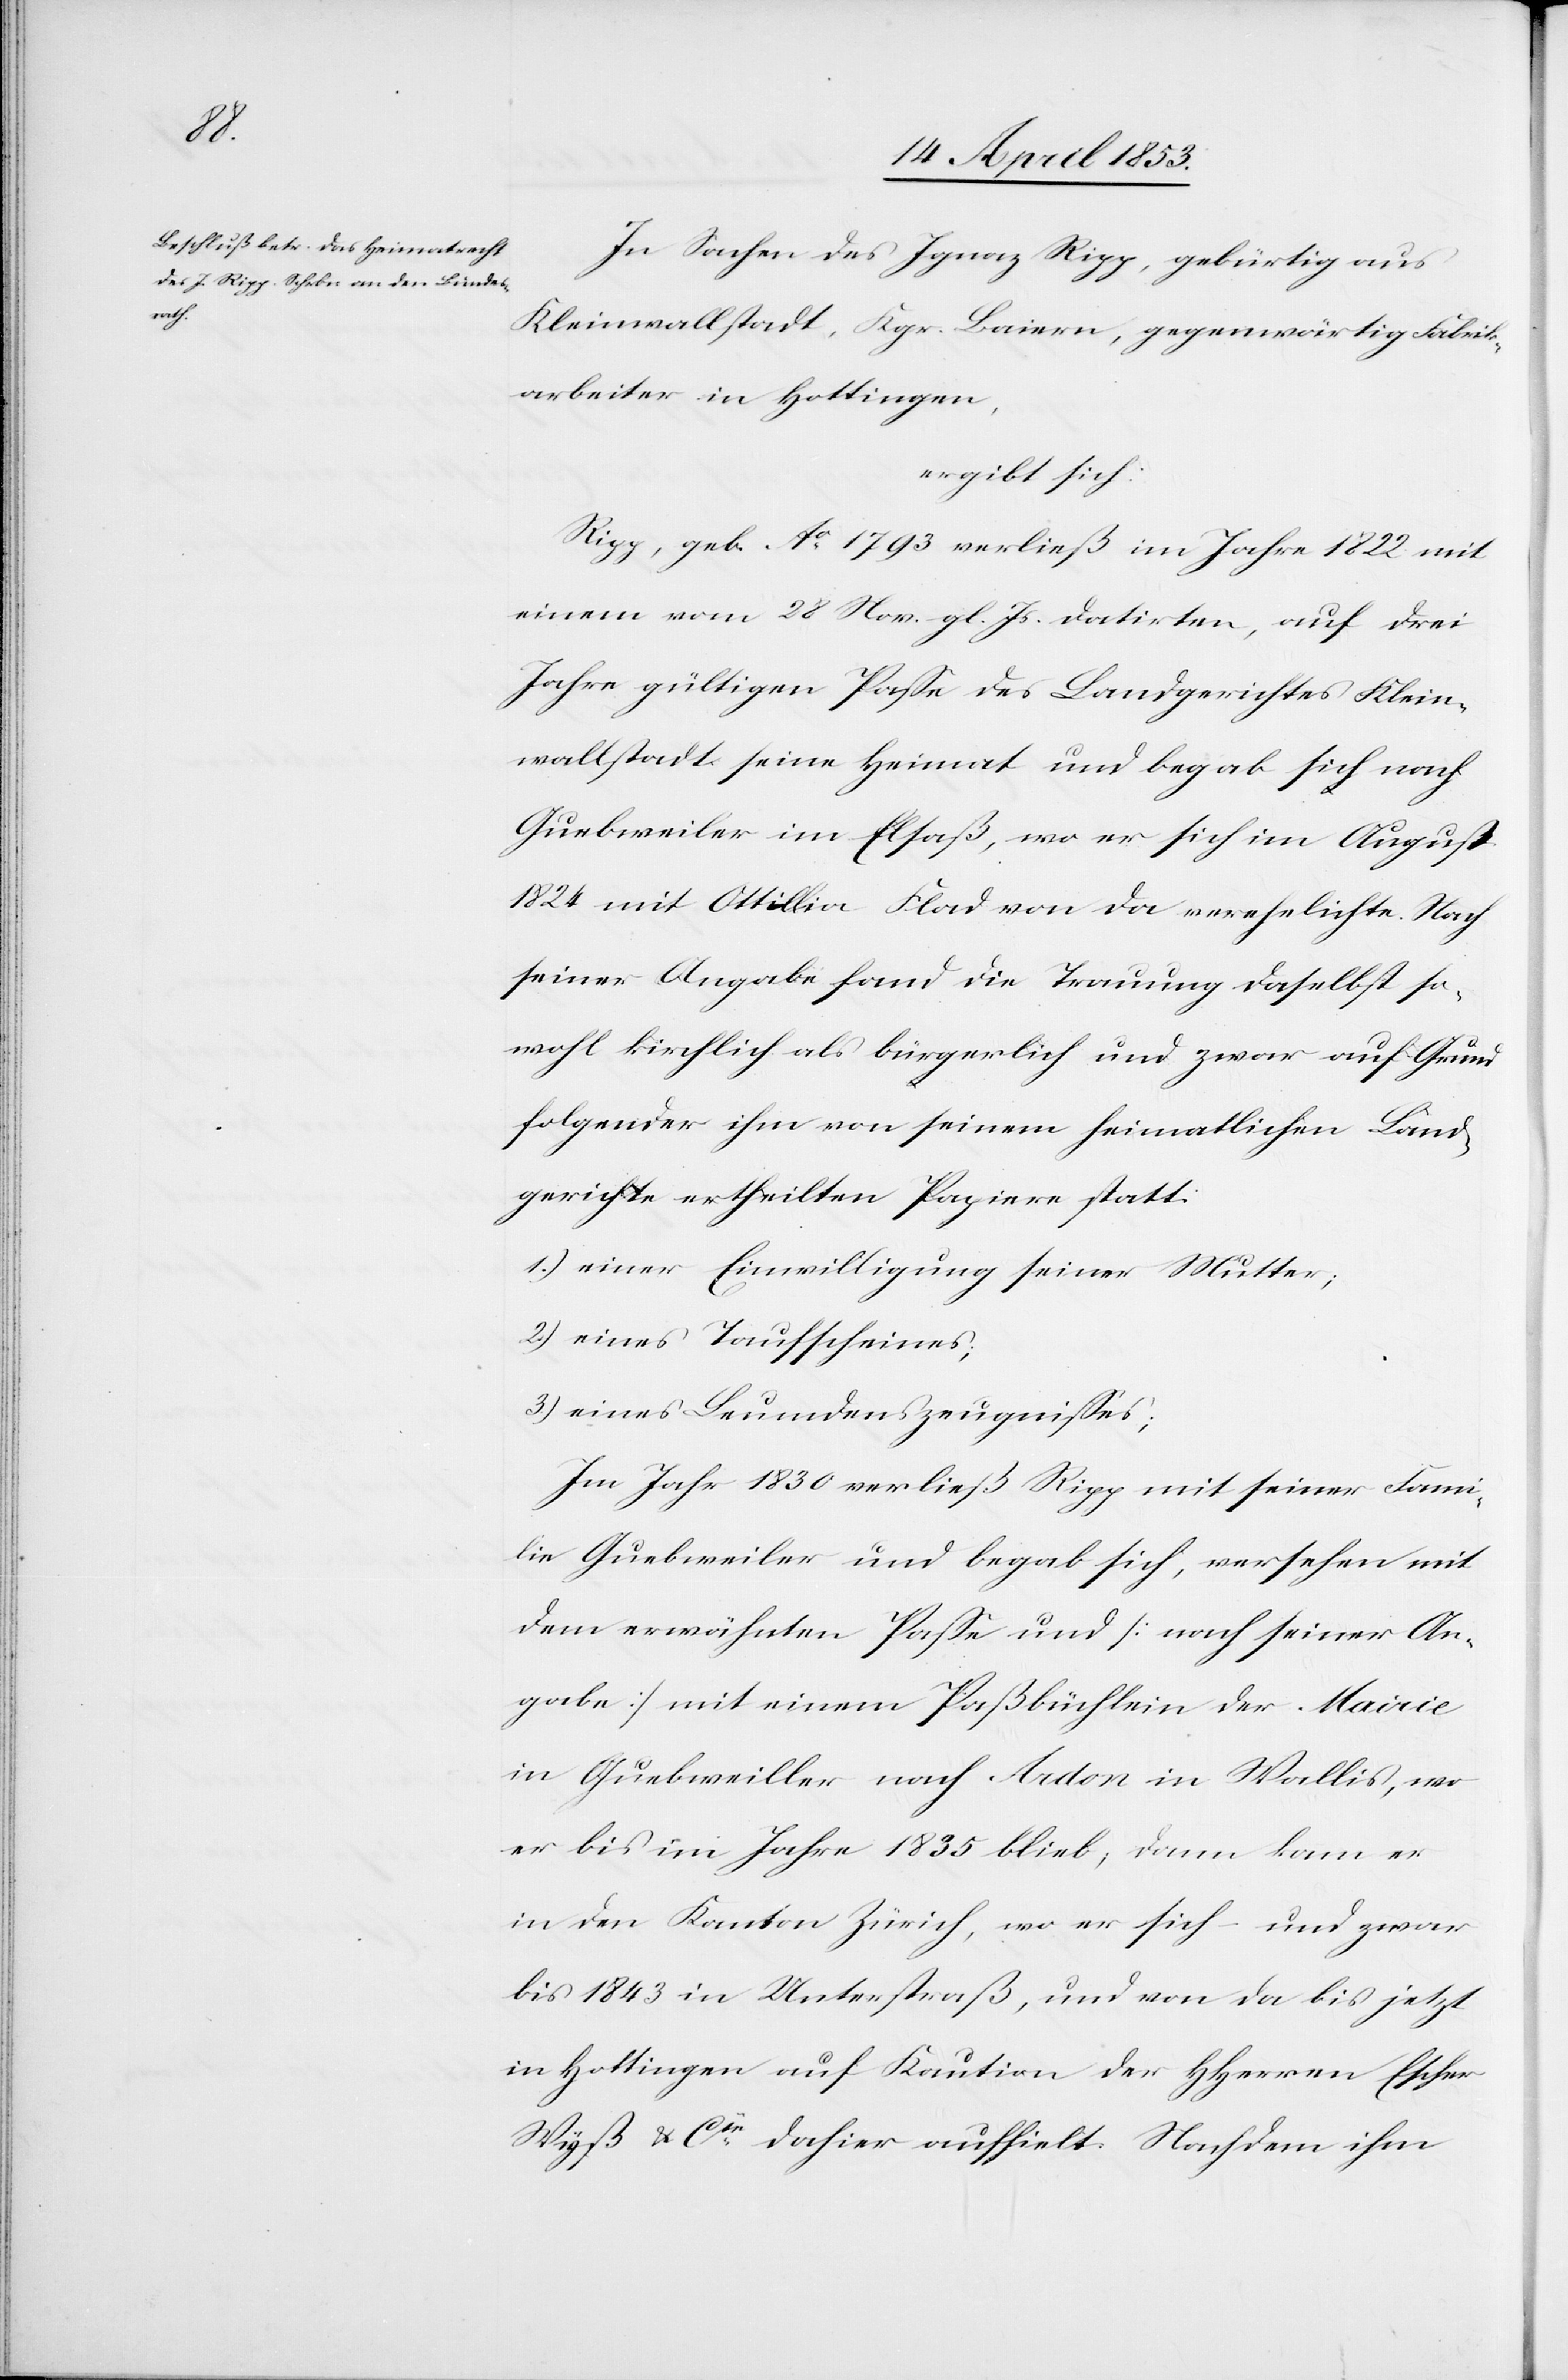
In Sachen des Ignaz Rigg, gebürtig aus
Kleinwallstadt, Kgr. Baiern, gegenwärtig Fabrik¬
arbeiter in Hottingen,
ergibt sich:
Ripp, geb. Ao. 1793 verließ im Jahre 1822 mit
einem vom 28 Nov. gl. Js. datirten, auf drei
Jahre gültigen Paße des Landgerichtes Klein¬
wallstadt seine Heimat und begab sich nach
Guebweiler im Elsaß, wo er sich im August
1824 mit Ottillia Flad von da verehelichte. Nach
seiner Angabe fand die Trauung daselbst so¬
wohl kirchlich als bürgerlich und zwar auf Grund
folgender ihm von seinem heimathlichen Land¬
gerichte ertheilten Papiere statt.
1.) einer Einwilligung seiner Mutter,
2.) eines Taufscheines;
3.) eines Leumdenszeugnißes;
Im Jahr 1830 verließ Rigg mit seiner Fami¬
lie Guebweiler und begab sich, versehen mit
dem erwähnten Paße und [nach seiner An¬
gabe] mit einem Paßbüchlein der Mairie
in Guebweiler nach Ardon in Wallis, wo
er bis im Jahre 1835 blieb, dann kam er
in den Kanton Zürich, wo er sich und zwar
bis 1843 in Unterstraß, und von da bis jetzt
in Hottingen auf Kaution der HHerrn Escher
Wyß u. Cie. dahier aufhielt. Nachdem ihm